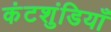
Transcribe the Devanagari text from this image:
कंटशुंडियाँ